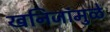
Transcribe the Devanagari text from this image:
खनिजांमुळे